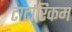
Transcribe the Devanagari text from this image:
टार्टारिकम